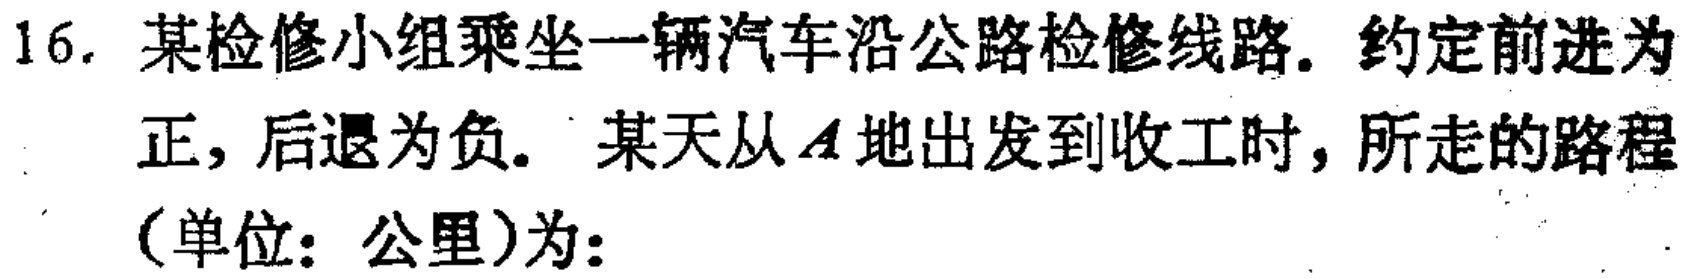
16. 某检修小组乘坐一辆汽车沿公路检修线路. 约定前进为正, 后退为负. 某天从\(A\)地出发到收工时, 所走的路程（单位：公里）为：